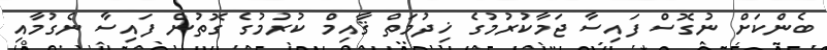
ބެންކަށް ނުގޮސް ފައިސާ ޖަމާކުރުމުގެ ޚިދުމަތް ޤާއިމް ކުރުމުގެ ގޮތުން ފައިސާ ނެގުމާއި